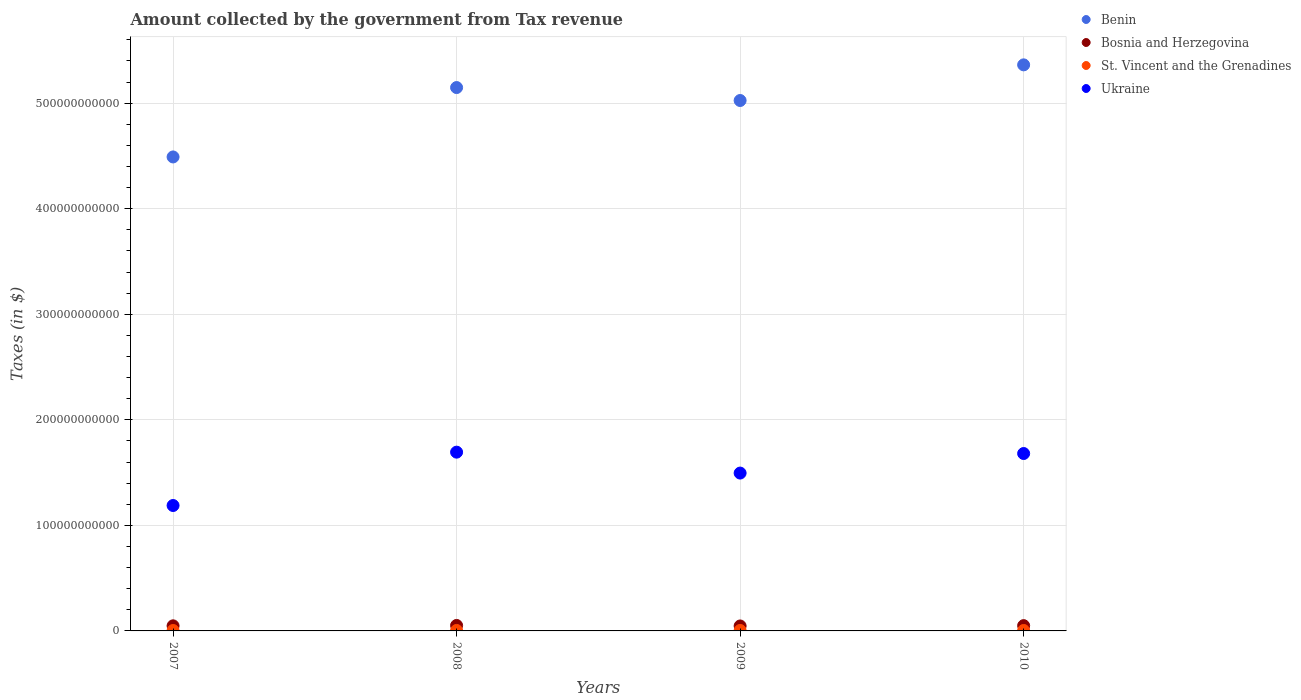
| Years | Benin | Bosnia and Herzegovina | St. Vincent and the Grenadines | Ukraine |
 | --- | --- | --- | --- | --- |
 | 2007 | 4.49e+11 | 4.82e+09 | 4.03e+08 | 1.19e+11 |
 | 2008 | 5.15e+11 | 5.18e+09 | 4.48e+08 | 1.69e+11 |
 | 2009 | 5.02e+11 | 4.7e+09 | 4.33e+08 | 1.5e+11 |
 | 2010 | 5.36e+11 | 4.99e+09 | 4.22e+08 | 1.68e+11 |